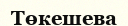
Төкешева